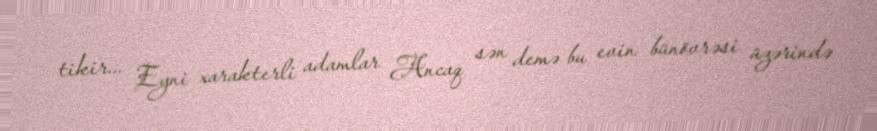
tikir... Eyni xarakterli adamlar Ancaq sən demə bu evin bünövrəsi üzərində